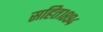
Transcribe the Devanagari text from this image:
सहित१८९४